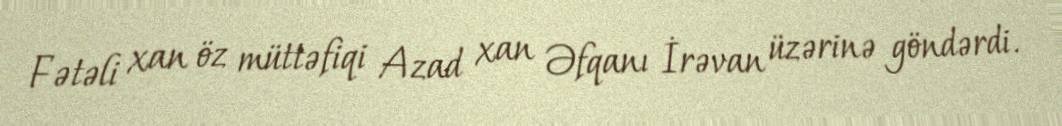
Fətəli xan öz müttəfiqi Azad xan Əfqanı İrəvan üzərinə göndərdi.